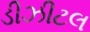
ડીઝીટલ